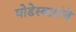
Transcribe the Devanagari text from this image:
घोडेस्वारांचे